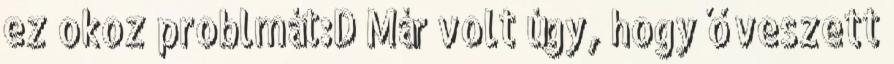
ez okoz problmát:D Már volt úgy, hogy ő veszett